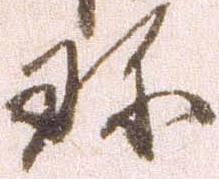
珍